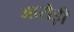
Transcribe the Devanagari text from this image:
मारोड़ी